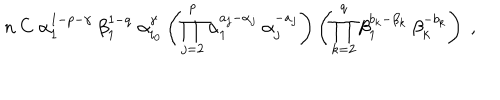
n \: C \; \alpha _ { 1 } ^ { 1 - p - \gamma } \: \beta _ { 1 } ^ { 1 - q } \; \alpha _ { i _ { 0 } } ^ { \gamma } \left( \prod _ { j = 2 } ^ { p } \alpha _ { 1 } ^ { a _ { j } - \alpha _ { j } } \: \alpha _ { j } ^ { - a _ { j } } \right) \left( \prod _ { k = 2 } ^ { q } \beta _ { 1 } ^ { b _ { k } - \beta _ { k } } \: \beta _ { k } ^ { - b _ { k } } \right) \; ,